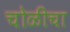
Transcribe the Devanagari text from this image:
चोळीचा